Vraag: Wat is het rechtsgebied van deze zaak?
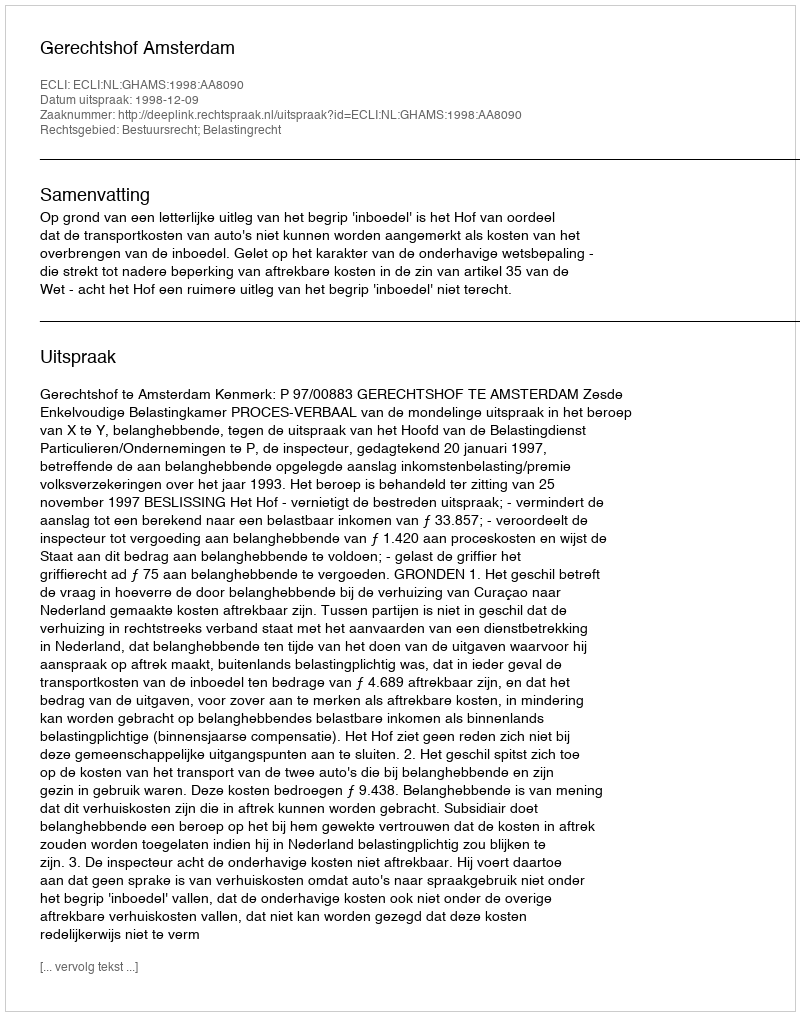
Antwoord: Bestuursrecht; Belastingrecht